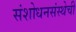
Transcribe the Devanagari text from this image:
संशोधनसंस्थेची